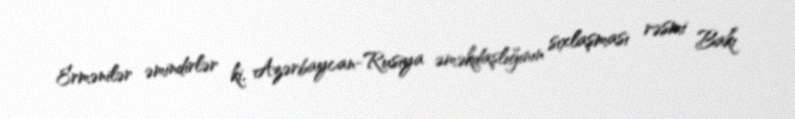
Ermənilər əmindirlər ki, Azərbaycan-Rusiya əməkdaşlığının sıxlaşması rəsmi Bakı